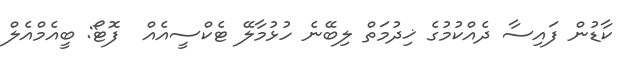
ކާޑުން ފައިސާ ދެއްކުމުގެ ޚިދުމަތް ލިބޭނެ ހުޅުމާލޭ ޓެކްސީއެއް  ފޮޓޯ: ބީއެމްއެލް